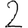
Digit: 2